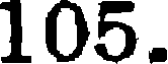
105.